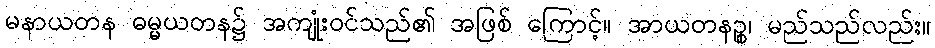
မနာယတန ဓမ္မယတန၌ အကျုံးဝင်သည်၏ အဖြစ် ကြောင့်။ အာယတနဉ္စ၊ မည်သည်လည်း။